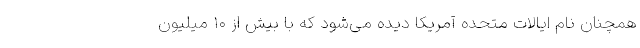
همچنان نام ایالات متحده آمریکا دیده می‌شود که با بیش از ۱۰ میلیون